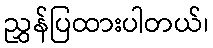
ညွှန်ပြထားပါတယ်၊